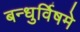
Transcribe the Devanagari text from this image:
बन्धुर्विषमे